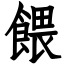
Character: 餵